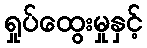
ရှုပ်ထွေးမှုနှင့်